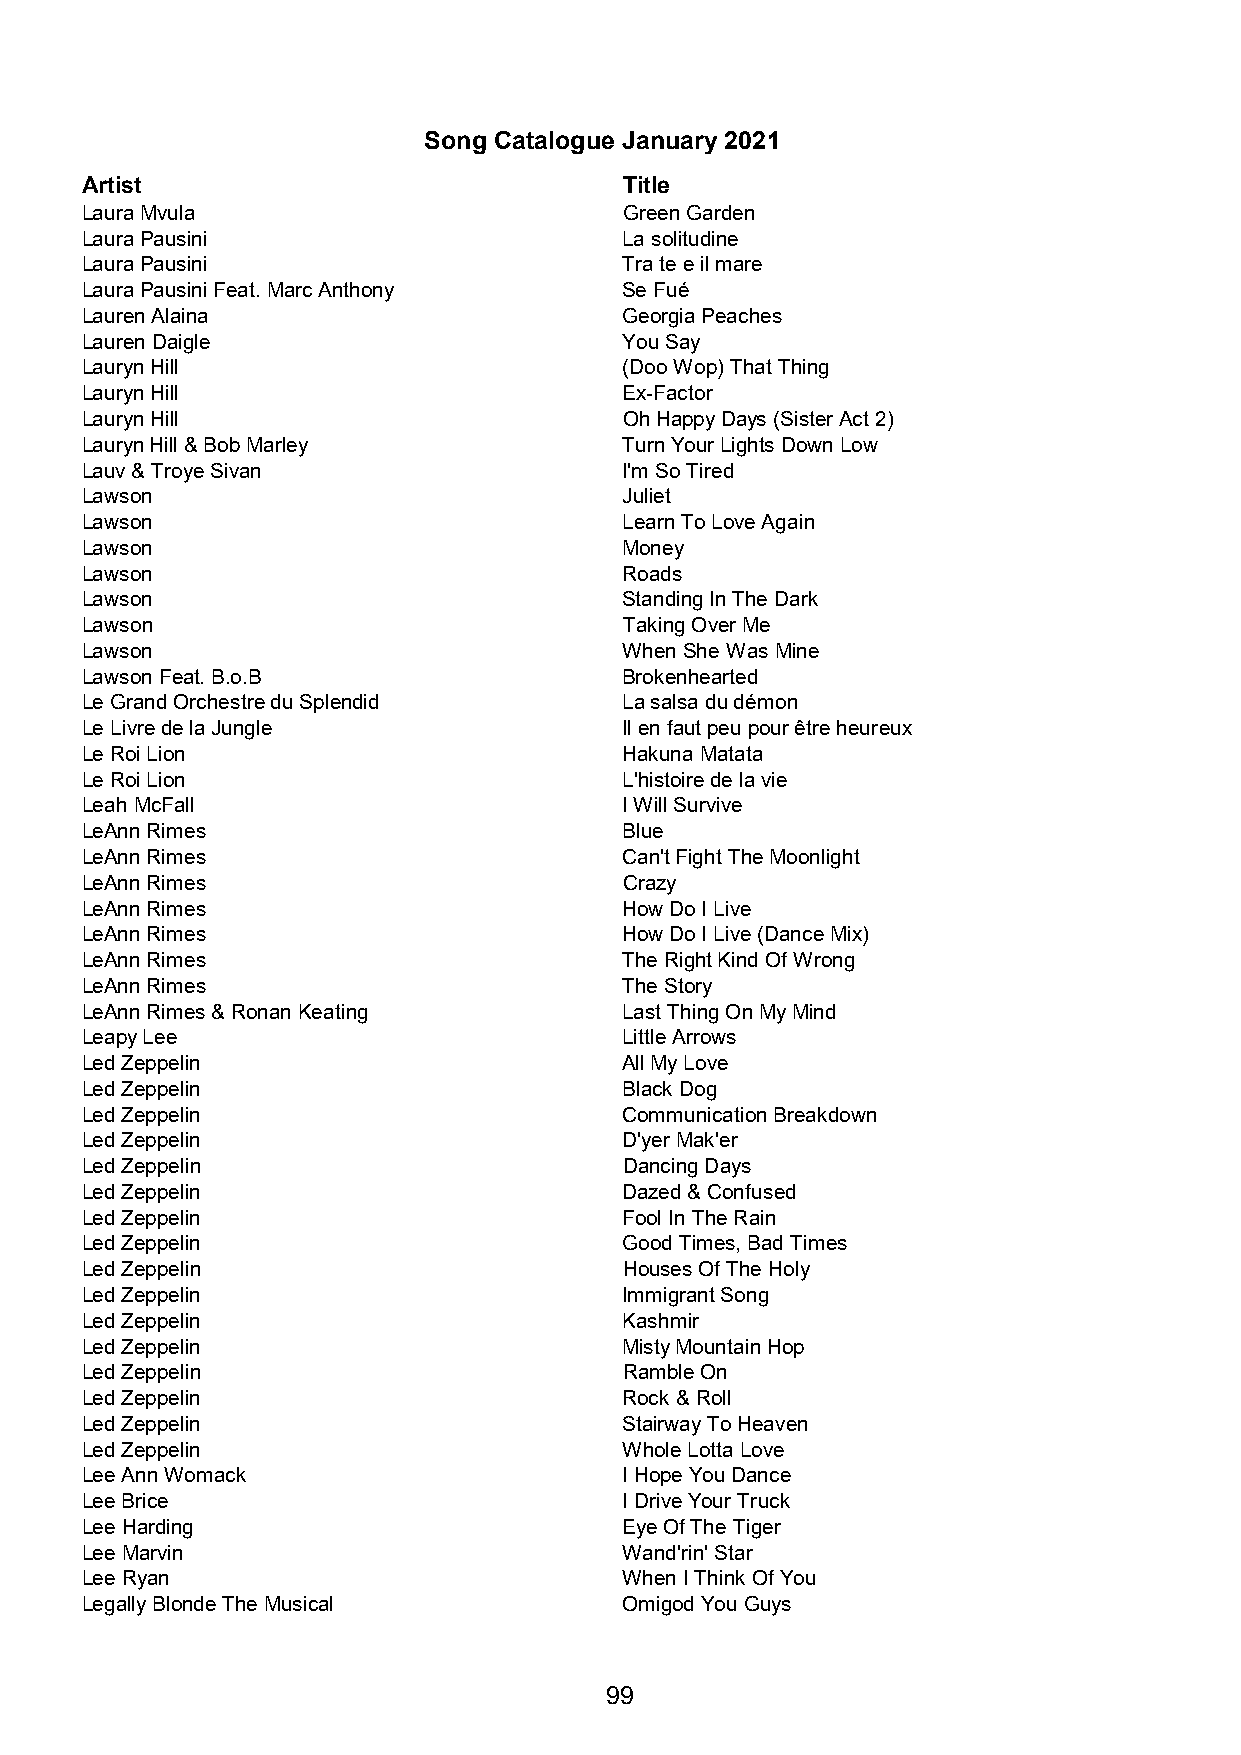
Song Catalogue January 2021
 Artist                              Title
 Laura Mvula                         Green Garden
 Laura Pausini                       La solitudine
 Laura Pausini                       Tra te e il mare
 Laura Pausini Feat. Marc Anthony    Se Fué
 Lauren Alaina                       Georgia Peaches
 Lauren Daigle                       You Say
 Lauryn Hill                         (Doo Wop) That Thing
 Lauryn Hill                         Ex-Factor
 Lauryn Hill                         Oh Happy Days (Sister Act 2)
 Lauryn Hill & Bob Marley            Turn Your Lights Down Low
 Lauv & Troye Sivan                  I'm So Tired
 Lawson                              Juliet
 Lawson                              Learn To Love Again
 Lawson                              Money
 Lawson                              Roads
 Lawson                              Standing In The Dark
 Lawson                              Taking Over Me
 Lawson                              When She Was Mine
 Lawson Feat. B.o.B                  Brokenhearted
 Le Grand Orchestre du Splendid      La salsa du démon
 Le Livre de la Jungle               Il en faut peu pour être heureux
 Le Roi Lion                         Hakuna Matata
 Le Roi Lion                         L'histoire de la vie
 Leah McFall                         I Will Survive
 LeAnn Rimes                         Blue
 LeAnn Rimes                         Can't Fight The Moonlight
 LeAnn Rimes                         Crazy
 LeAnn Rimes                         How Do I Live
 LeAnn Rimes                         How Do I Live (Dance Mix)
 LeAnn Rimes                         The Right Kind Of Wrong
 LeAnn Rimes                         The Story
 LeAnn Rimes & Ronan Keating         Last Thing On My Mind
 Leapy Lee                           Little Arrows
 Led Zeppelin                        All My Love
 Led Zeppelin                        Black Dog
 Led Zeppelin                        Communication Breakdown
 Led Zeppelin                        D'yer Mak'er
 Led Zeppelin                        Dancing Days
 Led Zeppelin                        Dazed & Confused
 Led Zeppelin                        Fool In The Rain
 Led Zeppelin                        Good Times, Bad Times
 Led Zeppelin                        Houses Of The Holy
 Led Zeppelin                        Immigrant Song
 Led Zeppelin                        Kashmir
 Led Zeppelin                        Misty Mountain Hop
 Led Zeppelin                        Ramble On
 Led Zeppelin                        Rock & Roll
 Led Zeppelin                        Stairway To Heaven
 Led Zeppelin                        Whole Lotta Love
 Lee Ann Womack                      I Hope You Dance
 Lee Brice                           I Drive Your Truck
 Lee Harding                         Eye Of The Tiger
 Lee Marvin                          Wand'rin' Star
 Lee Ryan                            When I Think Of You
 Legally Blonde The Musical          Omigod You Guys
 99